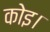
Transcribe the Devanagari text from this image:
कोइ।